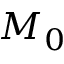
M _ { 0 }